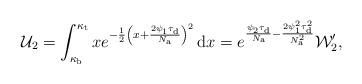
LaTeX: \begin{align*}\mathcal{U}_2=\int_{\kappa_{\rm b}}^{\kappa_{\rm t}}xe^{-\frac{1}{2}\left(x+\frac{2\psi_{1}\tau_{\rm d}}{N_{\rm a}}\right)^2}\,\mathrm{d} x=e^{\frac{\psi_{2}\tau_{\rm d}}{N_{\rm a}}-\frac{2\psi_{1}^2\tau_{\rm d}^2}{N_{\rm a}^2}}\mathcal{W}_2',\end{align*}